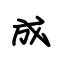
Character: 成